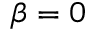
\beta = 0